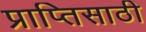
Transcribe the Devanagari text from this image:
प्राप्तिसाठी